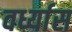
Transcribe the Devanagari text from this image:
वर्ध्यास